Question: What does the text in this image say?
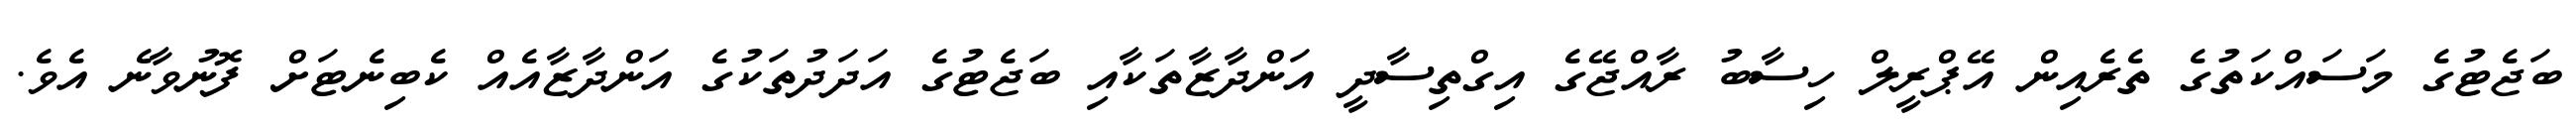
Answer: ބަޖެޓުގެ މަސައްކަތުގެ ތެރެއިން އޭޕްރީލް ހިސާބު ރާއްޖޭގެ އިގްތިސާދީ އަންދާޒާތަކާއި ބަޖެޓުގެ އަދަދުތަކުގެ އަންދާޒާއެއް ކެބިނެޓަށް ފޮނުވާނެ އެވެ.